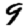
Digit: 9